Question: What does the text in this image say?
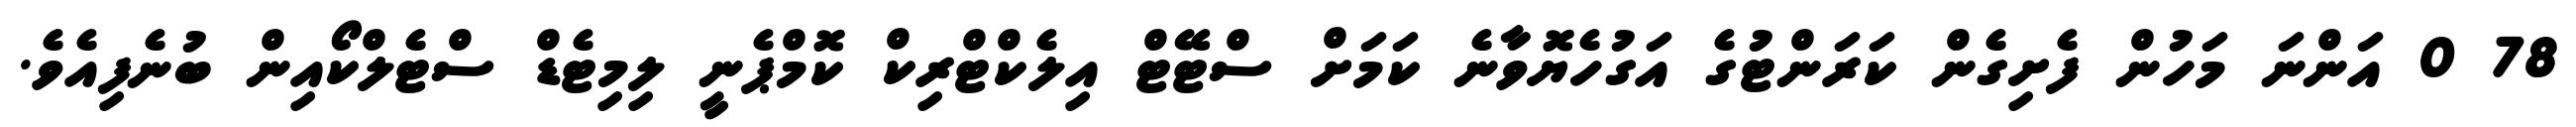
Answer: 78 0 އަންނަ މަހުން ފެށިގެން ކަރަންޓުގެ އަގުހެޔޮވާނެ ކަމަށް ސްޓޭޓް އިލެކްޓްރިކް ކޮމްޕެނީ ލިމިޓެޑް ސްޓެލްކޯއިން ބުނެފިއެވެ.